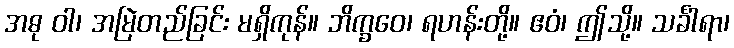
အဓု ဝါ၊ အမြဲတည်ခြင်း မရှိကုန်။ ဘိက္ခဝေ၊ ရဟန်းတို့။ ဧဝံ၊ ဤသို့။ သင်္ခါရာ၊